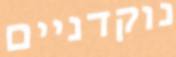
נוקדניים